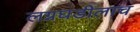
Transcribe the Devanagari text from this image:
लग्नघडीलाच